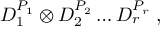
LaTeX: D _ { 1 } ^ { P _ { 1 } } \otimes D _ { 2 } ^ { P _ { 2 } } \ldots D _ { r } ^ { P _ { r } } \; ,